King Institute of Preventive Medicine Micro-Biological Section reports 1909-11
Year: 1909
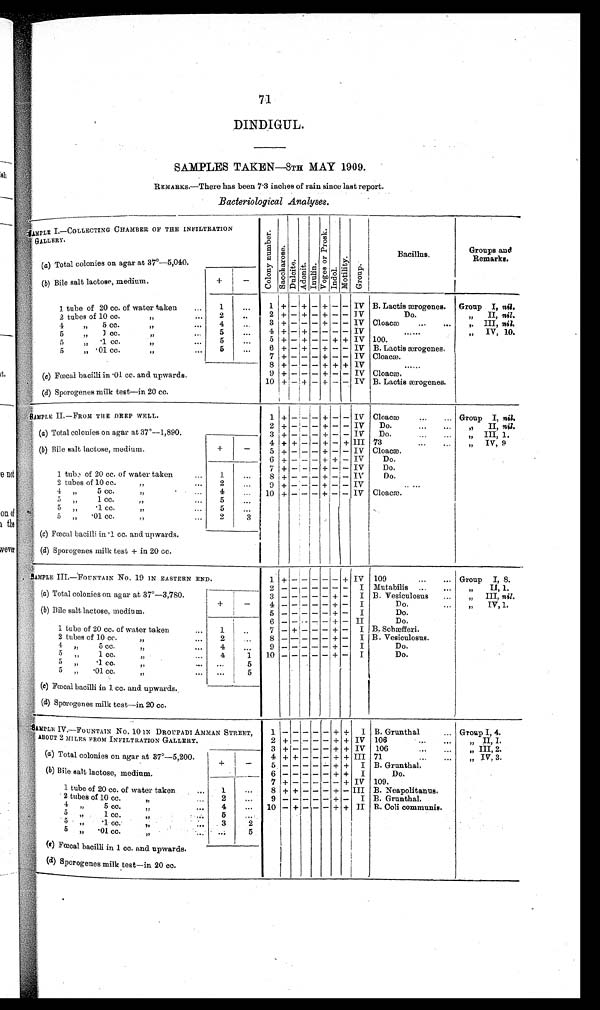
71
DINDIGUL.
SAMPLES TAKEN- 8TH MAY 1909.
REMARKS.-There has been 7'3 inches of rain since last report.
Bacteriological Analyses.
SAMPLE I.--COLLECTING CHAMBER OF THE INFILTRATION
GALLERY.
(a) Total colonies on agar at 37°-5,040.
(b) Bile salt lactose, medium.
+ -
1. tube of 20 cc. of water taken
1
2. tubes of 10 cc.
2
4
5 cc
4
5
1cc
5
5
.1cc
5
5
.01cc
5
(c) Fœcal bacilli in '01 cc. and upwards.
(d) Sporogenes milk test-in 20 cc.
C o l o n y n u m b e r
S a c c h a r o s e .
D u l c i t e .
A d o n i t . I n u l i n .
V o g e s o r P r o s k .
I n d o l .
M o t i l i t y .
G r o u p .
Bacillus,
Groups and
Remarks.
1+ --- + - + - - IV
2 + - + - + - - IV
3
+ - - - + - -I V
4 +.- +-- - - - IV
5 + - + - - + - +I V
6 + - + - + - - IV
7 +---+--
IV
8 + - - - + + + IV
9 + - - - + - - IV
10 + - + - + - - IV
B. Lactis
ærogenes
Do,
Cloacæ...
...
......
100.
B. Lactis ærogenes.
Cloacæ.
1
Cloacæ,
B. Lactis ærogenes.
Group I, nil.
„ II, nil.
,. III, nil.
31
IV, 10.
SAMPLE II.-FROM THE DEEP WELL.
(a) Total colonies on agar at 37°-1,890.
(b) Bile salt lactose, medium.
+
-
1 + -- - + - - IV
2 + - - - + - - IV
3 + - - - +-IV
4 + + - - + - + III
5 + - - - + - - IV
6 + -
+'+ - IV
7+---+--IV
8 + -
+
IV
9 + _ - - +I ... IV
10 + - - - + I - IV
Cloacæ
...
...
Do.
...
...
Do.
.. . ...
73
Cloacæ.
Do.
Do.
Do.
. .
. .
n
Clcacæ.
Group I, nil.
,, II, nil.
„ III, 1.
„ IV, 9
SAMPLE III.-FOUNTAIN No. 19 IN EASTERN END.
(a) Total colonies on agar at 37°-3,780.
+
-
(b) Bile salt lactose, medium.
1 tube of 20 cc. of water taken
1
2 tubes of 10 cc
2
4 „
5 cc.
4
...
5 „
1 cc.
„
4
1
5
.1 cc
5
5 „ .01. cc
5
(c) Fœcal bacilli in 1 cc. and upwards.
-
(d) Sporogenes milk test-in 20 cc.
1 + - - - - + IV
2
- I
3 -
- + - I
4- - - - - + - I
5 - - - - + - I
6 - - - - - + - II
7 - +- - - + - I
8 -
- + - I
9 - -'- - - + - I
1.0
+ - I
109
...
...
Mutabilis ...
,..
B. Vesiculosus ...
Do.
...
Do.
Do.
B. Scbæfferi.
B. Vesiculosus.
Do.
Group I, S.
„
II, 1,
„ III, nil.
„
IV,1.
SAMPLE IV.-FOUNTAIN No. 10 IN DROUPADI AMMAN STREET,
. ABOUT 2 MILES FROM INFILTRATION GALLERY.
(a) Total colonies on agar at 37°-5,200. I +
-
(b) Bile salt lactose,
medium
1 tube of 20 cc. of water taken
... I 1
..
2. tubes of 10 cc.
2
4
5 cc
4
5
1cc
5
5
.1cc
3
2
5
.01cc
5
(e) Fœcal bacilli in 1 cc. and upwards.
(d)S porogenes milk test-in 20 cc.
1
+ + I
2 + - - - - + + IV
3 + - - - - + + IV
4 + + - - - + + III
5
. + + I
6
+ + I
7 + - - - - - - + IV
8 + + - - - + - III
9 - - I - - - + - I
- - -
10
+ --
+ + II
I
B. Grunthal
...
106
. ... ...
106
...
...
71
...
...
B. Grunthal,
Do.
109.
B. Neapolitanus.
B. Grunthal.
R. Cali communis.
Group I, 4.
„ II, I.
„ III, 2.
„ IV, 3.